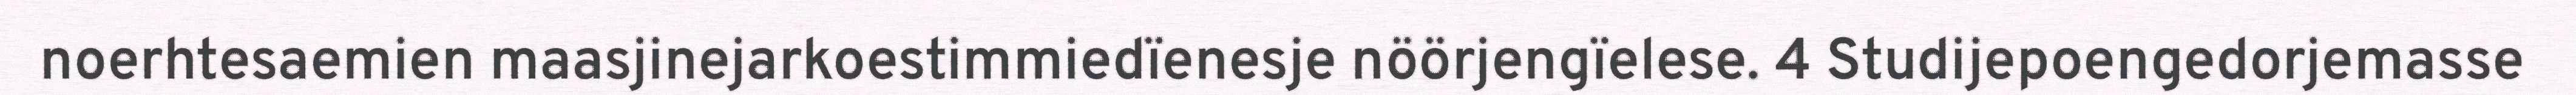
noerhtesaemien maasjinejarkoestimmiedïenesje nöörjengïelese. 4 Studijepoengedorjemasse